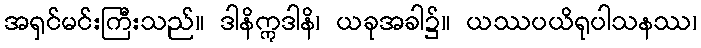
အရှင်မင်းကြီးသည်။ ဒါနိဣဒါနိ၊ ယခုအခါ၌။ ယဿပယိရုပါသနဿ၊